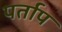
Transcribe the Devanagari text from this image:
पर्ताप